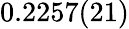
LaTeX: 0.2257(21)